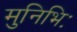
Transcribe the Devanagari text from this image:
मुनिभिः